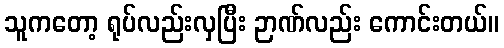
သူကတော့ ရုပ်လည်းလှပြီး ဉာဏ်လည်း ကောင်းတယ်။